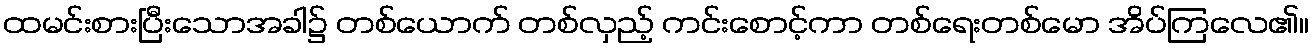
ထမင်းစားပြီးသောအခါ၌ တစ်ယောက် တစ်လှည့် ကင်းစောင့်ကာ တစ်ရေးတစ်မော အိပ်ကြလေ၏။